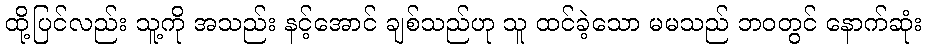
ထို့ပြင်လည်း သူ့ကို အသည်း နင့်အောင် ချစ်သည်ဟု သူ ထင်ခဲ့သော မမသည် ဘဝတွင် နောက်ဆုံး